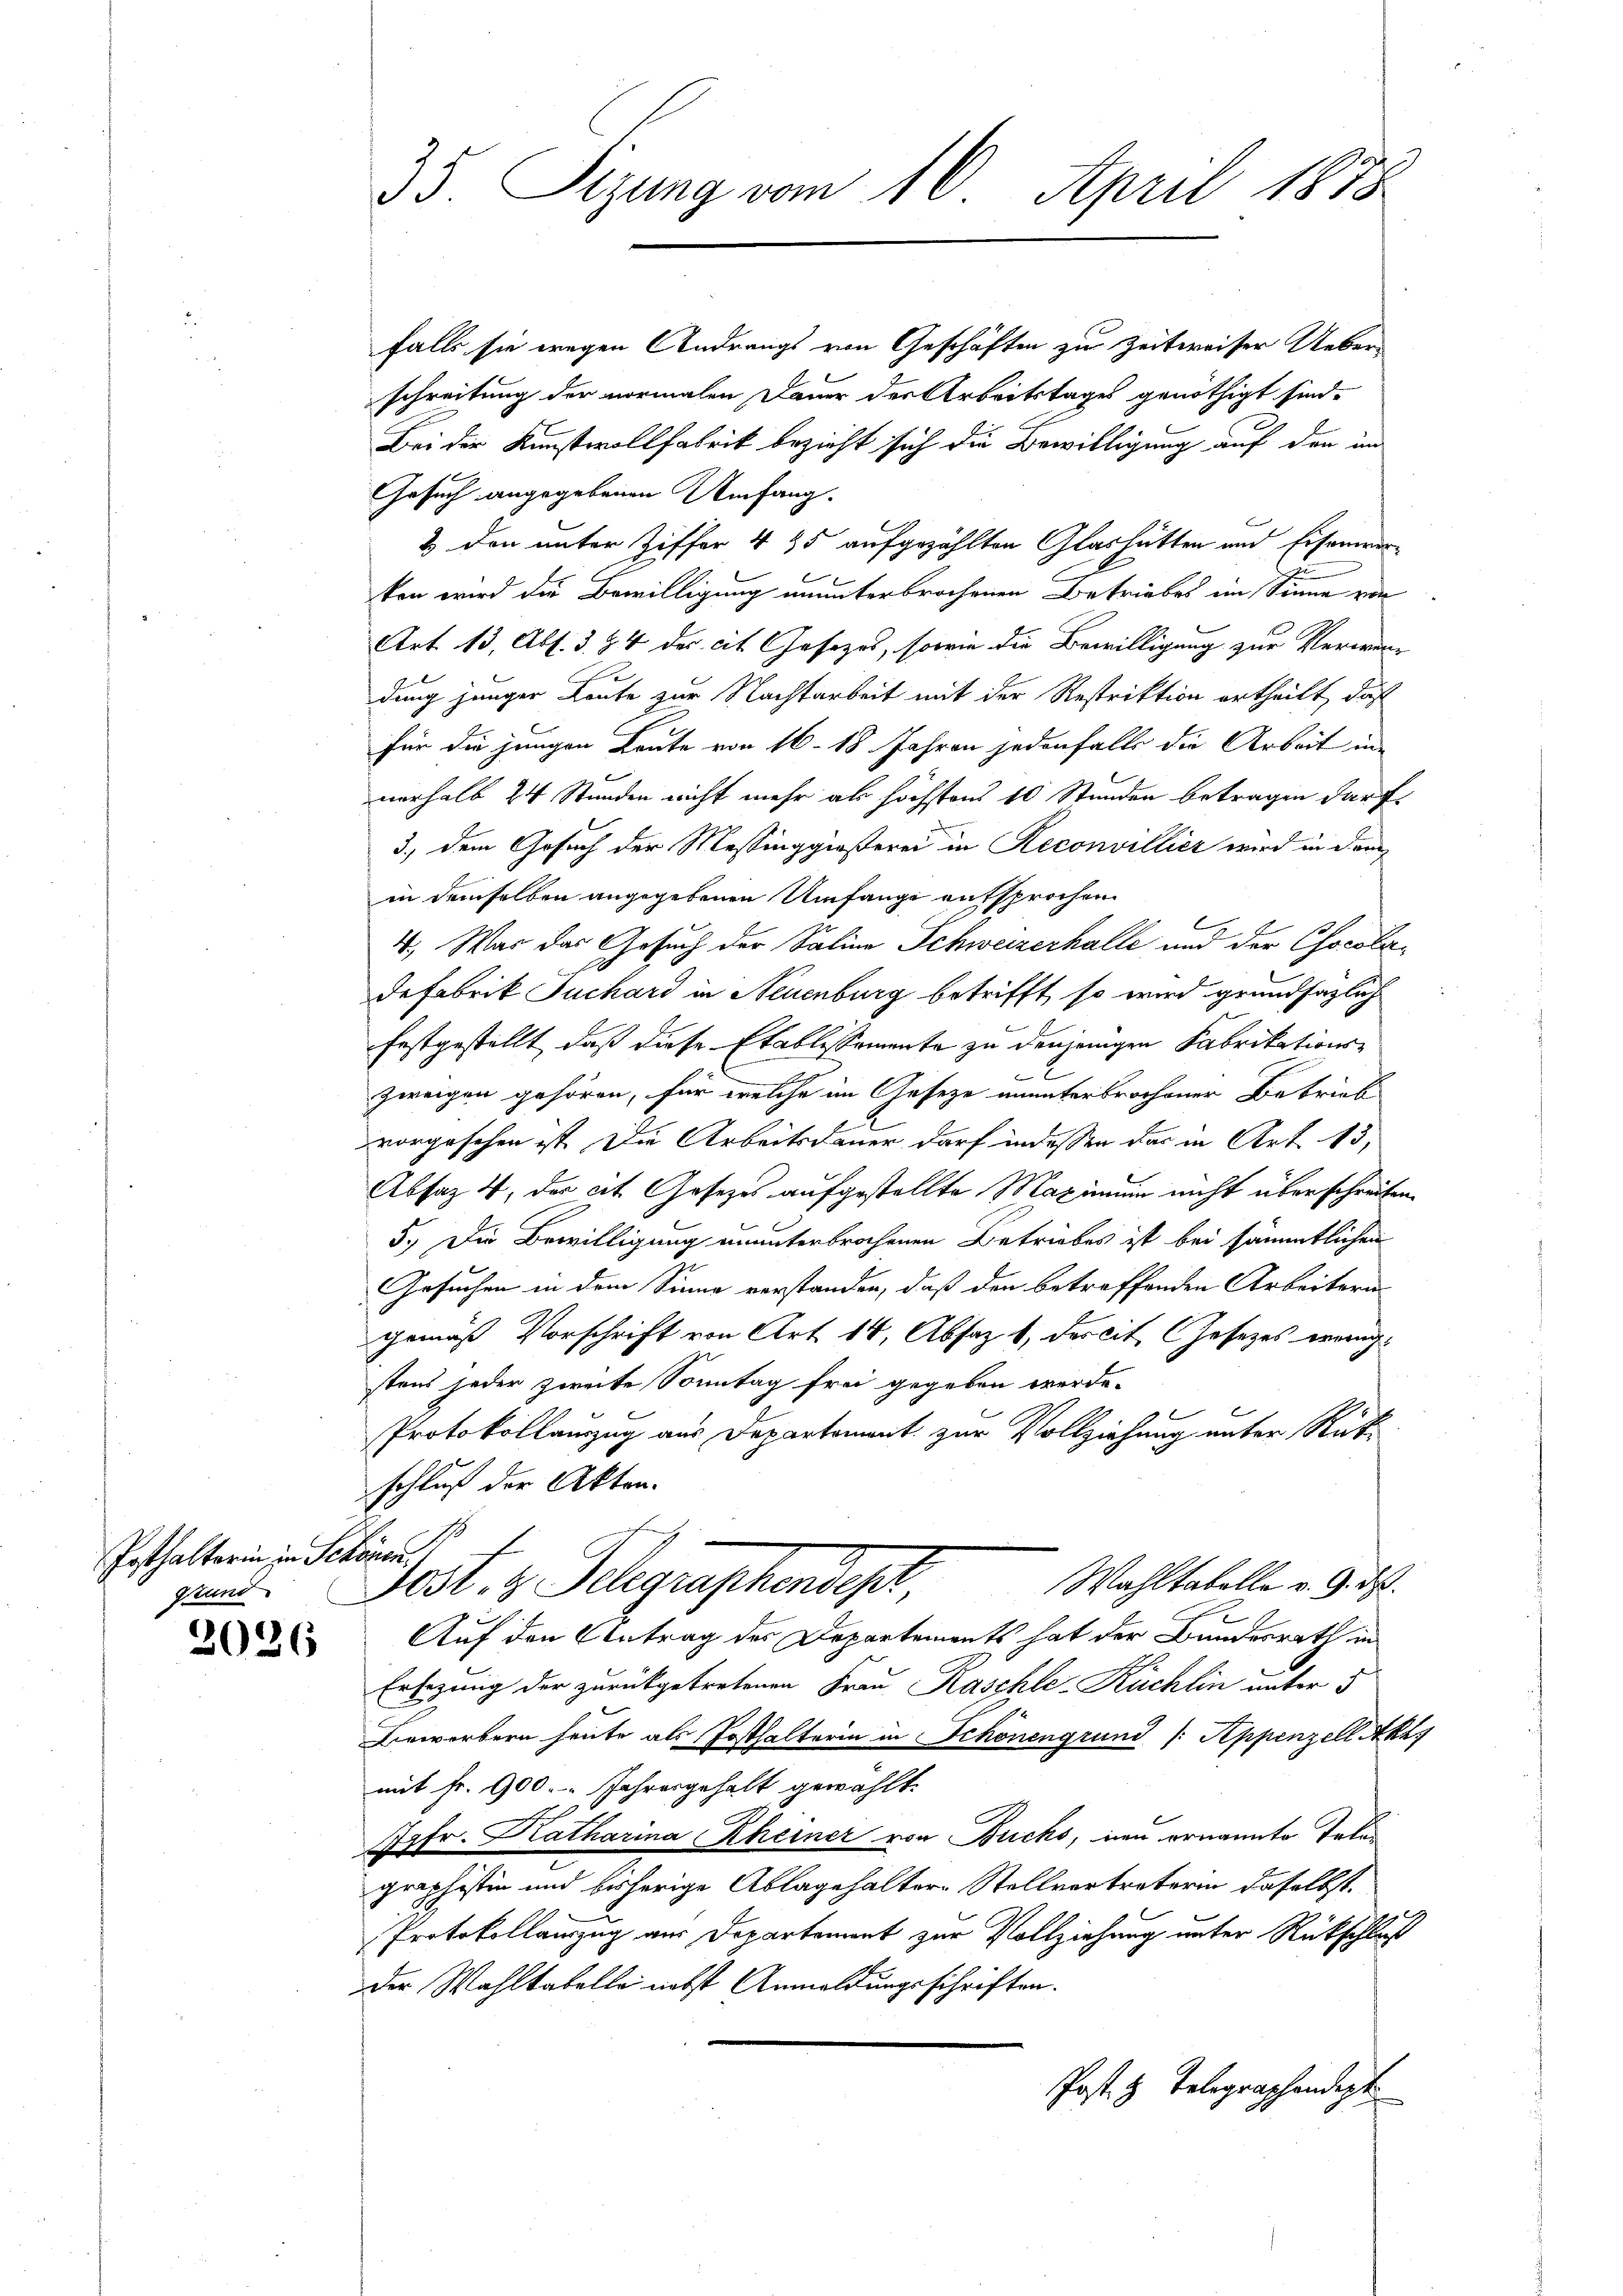
Posthalterin in Schönen.
grund

2026

35. Sizung vom 16. April 1878

falls sie wegen Andrangs von Geschäften zu Zeitweiser Ueberschreitung der normalen Dauer der Arbeitstages genöthigt sind.
Bei der Kunstvollfabrik bezieht sich die Bewilligung auf den im
Gesuch angegebenen Umfang.
2 den unter Ziffer 4 45 aufgezählten Glashütten und Eisammerken wird die Bewilligung ununterbrochenen Betriebes ein Sinne von
Art. 13, Abs. 3. 84 des cit. Gesezes, sowie die Bewilligung zur Verwenx
dung junger Leute zur Nachtarbeit mit der Restriktion ertheilt, daß
für die jungen Leute von 16–18 Jahren jedenfalls die Arbeit in
verhalb 24 Stunden nicht mehr als höchstens 10 Stunden betragen darf.
3.) dem Gesuch der Messinggioserei in Reconvillier wird in dem
in demselben angegebenen Umfange entsprochen.
l
4., War das Gesuch der Salina Schweizerhalle und der Chocoladefabrik Juchard in Neuenburg betrifft, so wird grundsazlich
festgestellt, daß diese Etablissemente zu denjenigen Fabrikationszweigen gehören, für welche im Geseze ununterbrochener Betrieb
vorgesehen ist. Die Arbeitsdauer darf indessen das in Art. 15,
Absaz 4, des cit. Gesetzes aufgestellte Maximum nicht überschreiben,
5.) Die Bewilligung ununterbrochenen Betriebes ist bei sämmtlichen
Gesuchen in dem Sinne verstanden, daß den betreffenden Arbeitern
gemäß Vorschrift von Art. 14, Absaz 1, des cit. Gesetzes vereigstens jeder zweite Sonntag frei gegeben werde.
Protokollamzug aus Departement zur Vollziehung unter Rück-
schluß der Akten.
Wahltabelle v. 9. ds.
dest. 2. Delegraphendest
Auf den Antrag des Departements hat der Bundesrath in
Ersezung der zurückgetretenen Frau Kaschle-Kuchlin unter 5
Bewerbern heute als Posthalterin in Schönengrund /: Appenzell Akt
mit Fr. 900. Jahresgehalt gewählt.
Jgfr. Katharina Rheiner von Buchs, neu ernannte Telegraphistin und bisherige Ablagehaltern Stellvertreterin daselbst.
Protokollauszug aus Departement zur Vollziehung unter Rückschluß
der Wahltabelle nebst Anmeldungsschriften.
Post z. Telegraphendigt